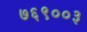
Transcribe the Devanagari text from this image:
७६९००३